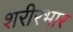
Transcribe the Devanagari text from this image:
शरीरभार